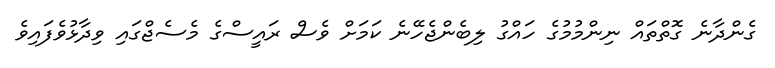
ގެންދާނެ ގޮތްތައް ނިންމުމުގެ ހައްގު ލިބެންޖެހޭނެ ކަމަށް ވެސް ރައީސްގެ މެސެޖްގައި ވިދާޅުވެފައިވެ